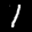
Label: 1